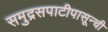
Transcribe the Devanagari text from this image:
समुद्रसपाटीपासून्ची